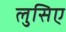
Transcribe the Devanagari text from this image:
लुसिए